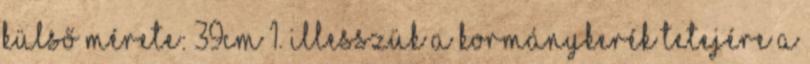
Külső mérete: 39cm 1. Illesszük a kormánykerék tetejére a